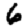
Digit: 6